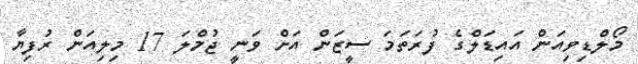
މޯލްޑިވިއަން އައިޑަލްގެ ފުރަތަމަ ސީޒަން އަށް ވަނީ ޖުމްލަ 17 މިލިއަން ރުފިޔާ